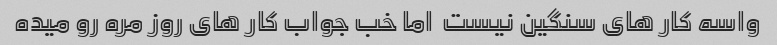
واسه کار های سنگین نیست  اما خب جواب کار های روز مره رو میده